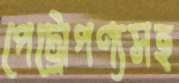
পেট্রোপণ্যসহ